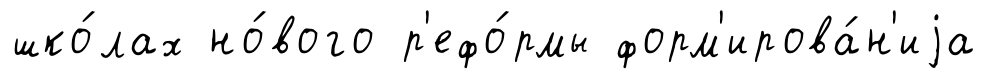
шко́лах но́вого р'ефо́рмы форм'ирова́н'иjа